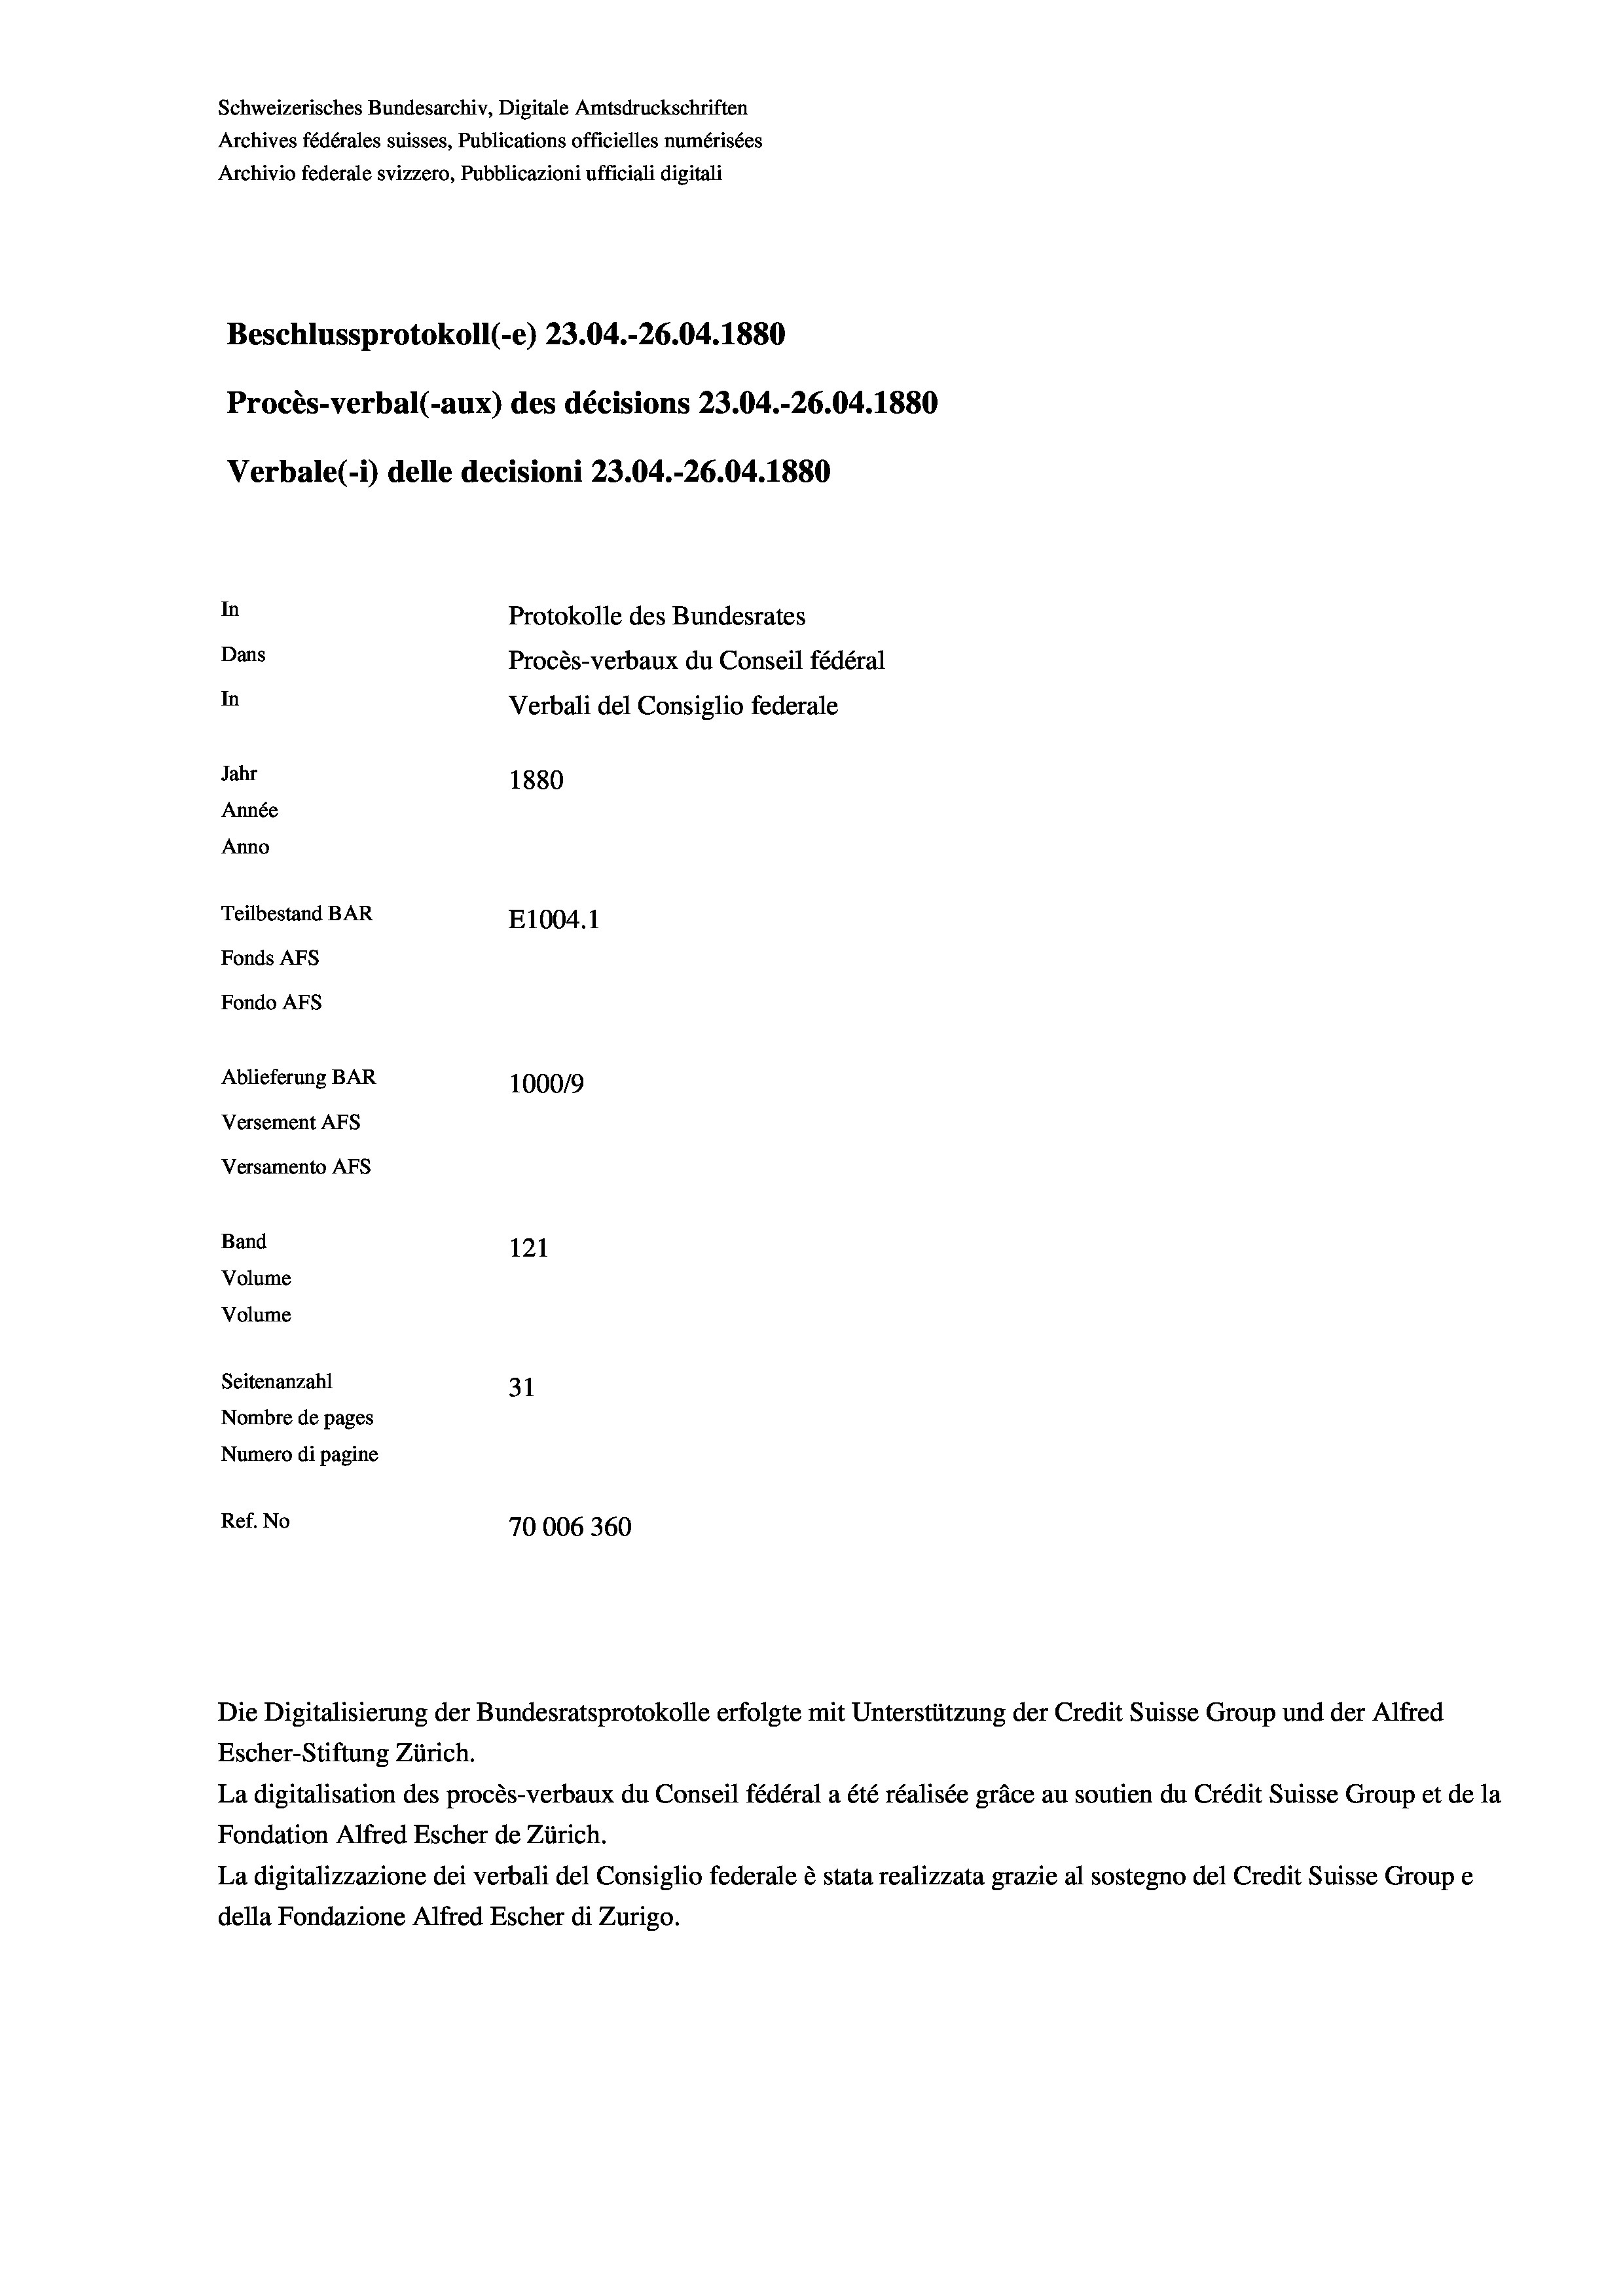
Schweizerisches Bundesarchiv, Digitale Amtsdruckschriften
Archives fédérales suisses, Publications officielles numérisées
Archivio federale svizzero, Pubblicazioni ufficiali digitali
Beschlussprotokoll (-e) 23.04.-26.04. 1880
Procès-verbal (-aux) des décisions 23.04.-26.04. 1880
Verbale(-*) delle decisioni 23.04.-26.04. 1880
In
Protokolle des Bundesrates
Dans
Procès-verbaux du Conseil fédéral
In
Verbali del Consiglio federale
Jahr
1880
Année
Anno
Teilbestand BAR
E1004.1
Fonds AFs
Fondo AFS
Ablieferung BAR
100019
Versement AFs
Versamento AFs
Band
121
Volume
Volume
Seitenanzahl
31
Nombre de pages
Numero di pagine
Ref. No
70006360

Escher-Stiftung Zürich.
La digitalisation des procès-verbaux du Conseil fédéral a été réalisée gräce au soutien du Crédit Suisse Group et de la
Fondation Alfred Escher de Zürich.
La digitalizzazione dei verbali del Consiglio federale è stata realizzata grazie al sostegno del Credit Suisse Groupe
della Fondazione Alfred Escher di Zurigo.

Die Digitalisierung der Bundesratsprotokolle erfolgte mit Unterstützung der Credit Suisse Group und der Alfred